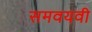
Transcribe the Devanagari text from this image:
समवयवी